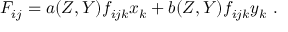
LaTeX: F _ { i j } = a ( Z , Y ) f _ { i j k } x _ { k } + b ( Z , Y ) f _ { i j k } y _ { k } \ .